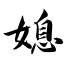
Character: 媳